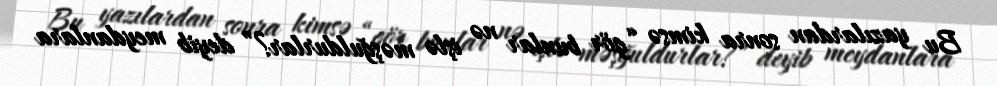
Bu yazılardan sonra kimsə “gör bunlar nə işlə məşğuldurlar?” deyib meydanlara